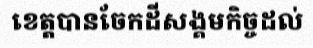
ខេត្តបានចែកដីសង្គមកិច្ចដល់